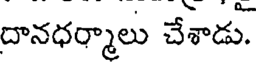
దానధర్మాలు చేశాడు.